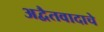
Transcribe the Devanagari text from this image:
अद्वैतवादाचे